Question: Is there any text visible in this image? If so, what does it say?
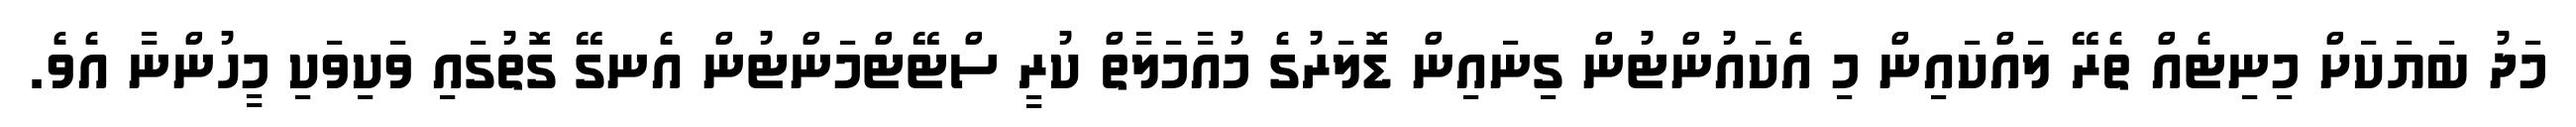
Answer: މަދު ބަޔަކަށް މިނިޓެއް ތެރޭ ލައްކައިން މި އެކައުންޓުން ގިނައިން ޑޮލަރުގެ މުއާމަލާތް ކުރީ ސްޓޭޓްމަންޓުން އެނގޭ ގޮތުގައި ވަކިވަކި މީހުންނާ އެވެ.